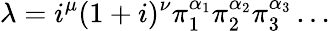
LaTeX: \lambda=i^{\mu}(1+i)^{\nu}\pi_{1}^{\alpha_{1}}\pi_{2}^{\alpha_{2}}\pi_{3}^{\alpha_{3}}\dots